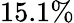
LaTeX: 15.1\%